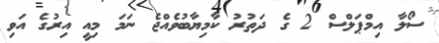
ސޯލާ އިމްޕަލްސް 2 ގެ ދަތުރު ކާމިޔާބުވެއްޖެ ނަމަ މިއީ އިރުގެ އަވި